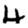
Digit: 4